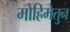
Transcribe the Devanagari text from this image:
मोहिमेतुन